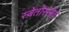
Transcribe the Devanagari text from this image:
स्वेतोस्लेव